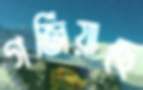
গর্জিয়াছে